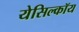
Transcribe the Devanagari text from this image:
येसिल्कॉय